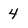
Character: 4